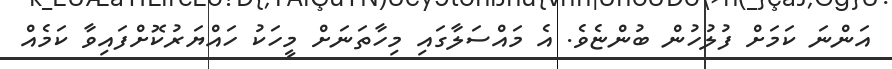
އަންނަ ކަމަށް ފުލުހުން ބުންޏެވެ. އެ މައްސަލާގައި މިހާތަނަށް މީހަކު ހައްޔަރުކޮށްފައިވާ ކަމެއް